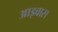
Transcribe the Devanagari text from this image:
आइवास